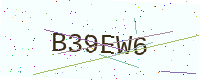
Text: B39EW6